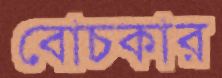
বোচকার